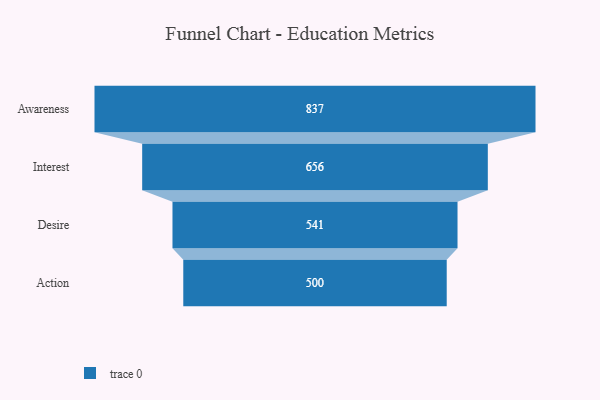
{"axis": {"x": "Stage", "y": "Value"}, "legend": [""], "data": [{"x": "Awareness", "y": 837.0, "type": ""}, {"x": "Interest", "y": 656.0, "type": ""}, {"x": "Desire", "y": 541.0, "type": ""}, {"x": "Action", "y": 500, "type": ""}]}